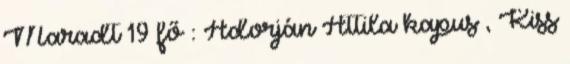
Maradt 19 fő : Adorján Attila kapus , Kiss